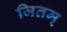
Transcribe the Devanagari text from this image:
जितम्